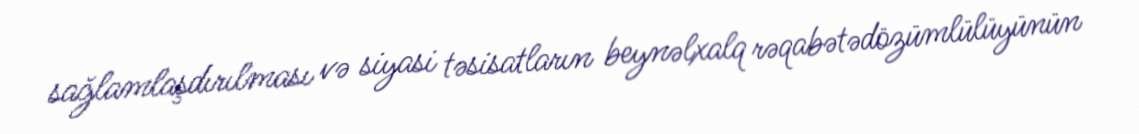
sağlamlaşdırılması və siyasi təsisatların beynəlxalq rəqabətədözümlülüyünün